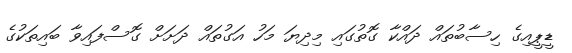
ޑީޕީއިގެ ހިސާބުތައް ދައްކާ ގޮތުގައި މިދިޔަ މަހު އަގުތައް ދަށަށް ގޮސްފައިވާ ބައިތަކުގެ